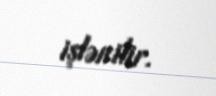
işlənilir.